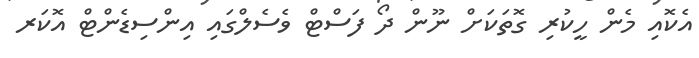
އެކޮއި މެން ހީކުރި ގޮތަކަށް ނޫން ދޯ ފަސްޓް ވެސެލްގައި އިންސިޑެންޓް އޮކަރ